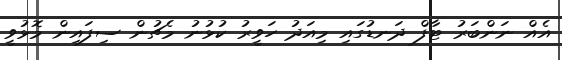
އެއް ނަންބަރު ޓާފް ދަނޑުގައި މިއަދު ހަވީރު ކުޅުނު މެޗުން ސިފައިން މޮޅުވީ